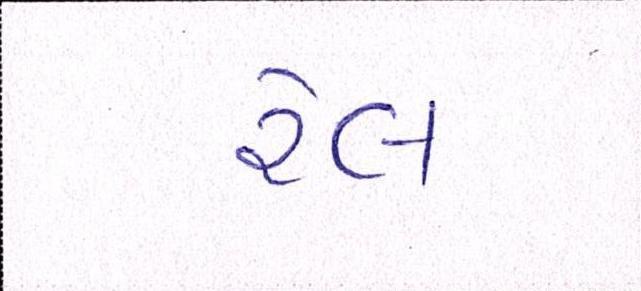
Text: રેલ